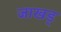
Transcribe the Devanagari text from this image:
जाखड्